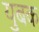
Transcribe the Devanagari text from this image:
युबक